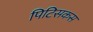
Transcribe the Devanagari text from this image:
पिटिसकस